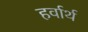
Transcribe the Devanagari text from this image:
हर्वार्थ